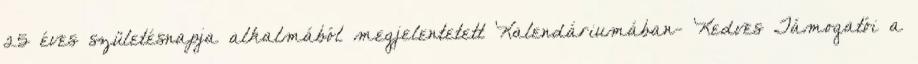
25 éves születésnapja alkalmából megjelentetett Kalendáriumában- Kedves Támogatói a